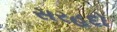
સરહદો